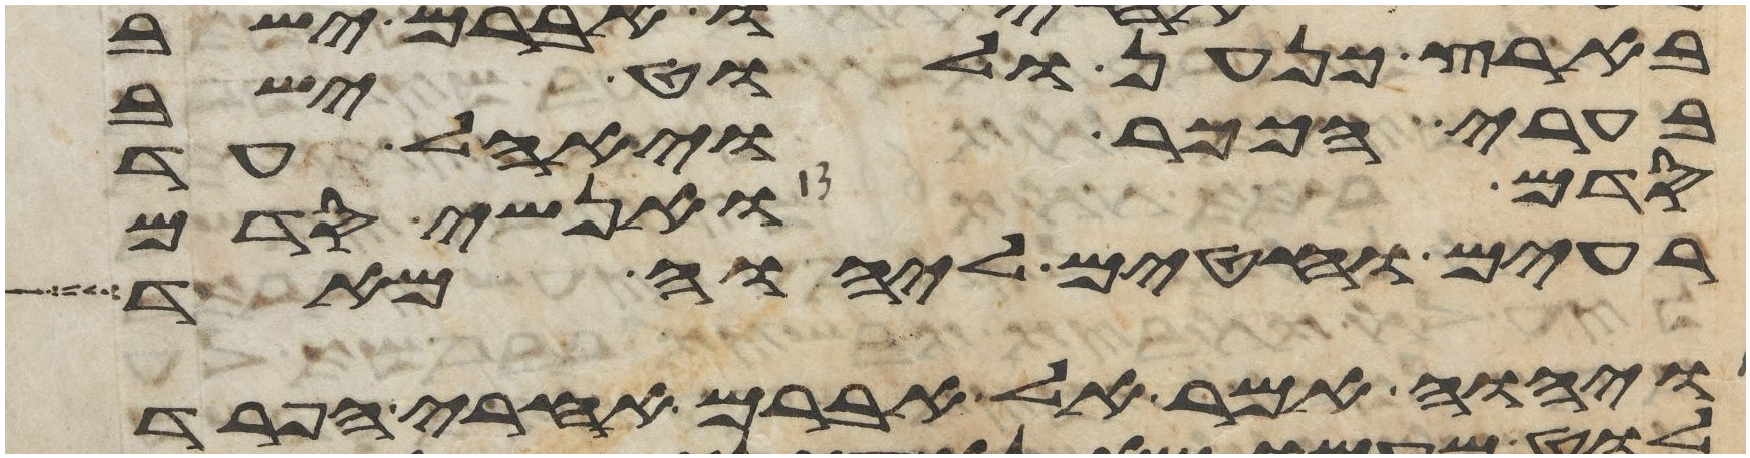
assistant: בארץ כנען ולוט ישב
בערי הככר ויאהל עד
סדם ואנשי סדם
רעים וחטאים ליהוה מאד
ויהוה אמר אל אברם אחרי הפרד